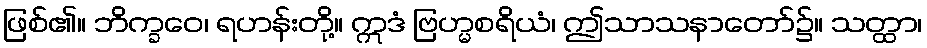
ဖြစ်၏။ ဘိက္ခဝေ၊ ရဟန်းတို့။ ဣဒံ ဗြဟ္မစရိယံ၊ ဤသာသနာတော်၌။ သတ္ထာ၊